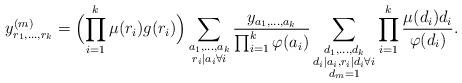
LaTeX: \begin{align*}y^{(m)}_{r_1,\ldots,r_k}=\Bigl(\prod_{i=1}^k\mu(r_i)g(r_i)\Bigr)\sum_{\substack{a_1,\ldots,a_k\\r_i\mid a_i\forall i}}\frac{y_{a_1,\ldots,a_k}}{\prod_{i=1}^k\varphi(a_i)}\sum_{\substack{d_1,\ldots,d_k\\d_i\mid a_i,r_i\mid d_i\forall i\\d_m=1}}\prod_{i=1}^k\frac{\mu(d_i)d_i}{\varphi(d_i)}.\end{align*}